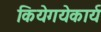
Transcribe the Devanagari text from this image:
कियेगयेकार्य